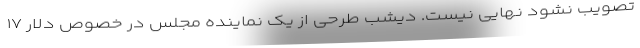
تصویب نشود نهایی نیست. دیشب طرحی از یک نماینده مجلس در خصوص دلار ۱۷